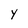
Character: y